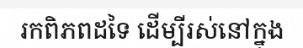
រកពិភពដទៃ ដើម្បីរស់នៅក្នុង